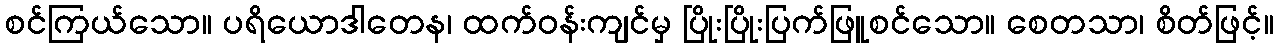
စင်ကြယ်သော။ ပရိယောဒါတေန၊ ထက်ဝန်းကျင်မှ ပြိုးပြိုးပြက်ဖြူစင်သော။ စေတသာ၊ စိတ်ဖြင့်။